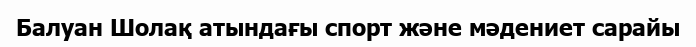
Балуан Шолақ атындағы спорт және мәдениет сарайы